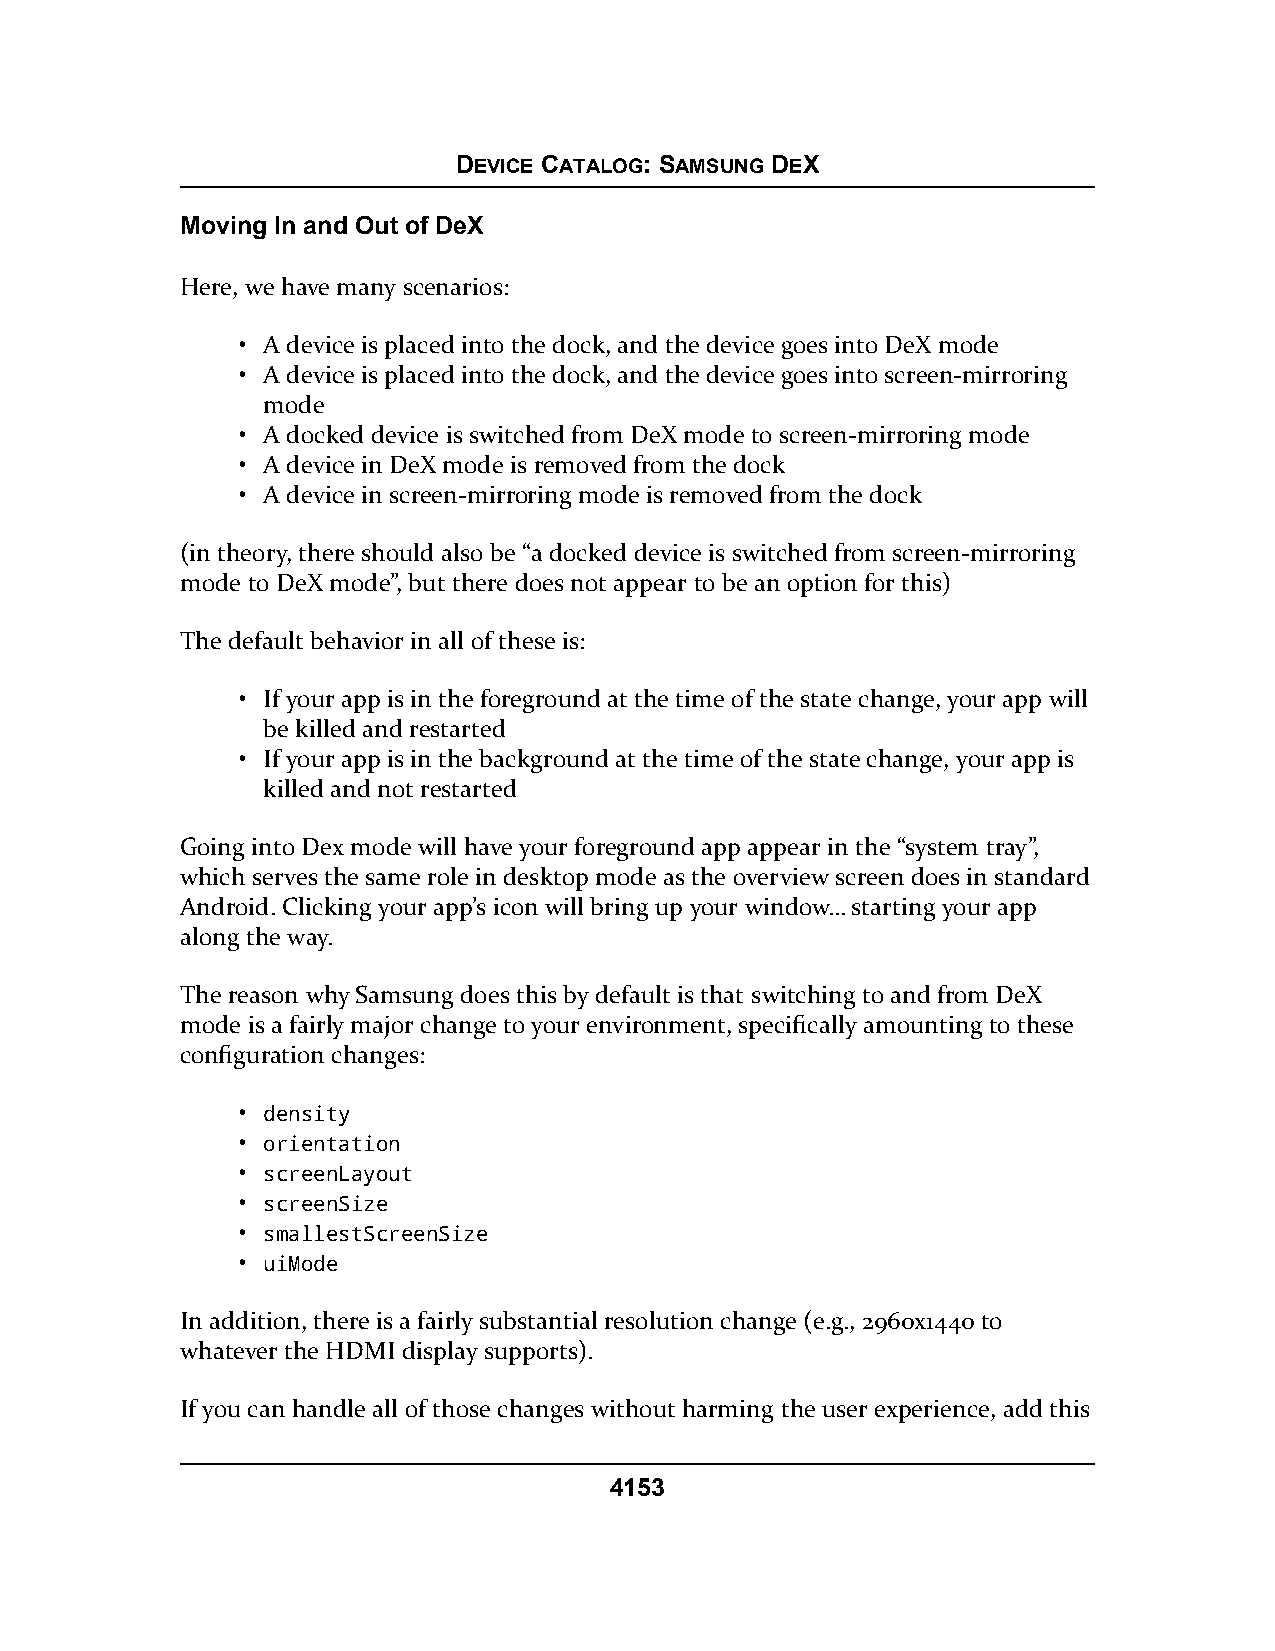
DEVICE CATALOG: SAMSUNG DEX
 Moving In and Out of DeX
 Here, we have many scenarios:
 • A device is placed into the dock, and the device goes into DeX mode
 • A device is placed into the dock, and the device goes into screen-mirroring
 mode
 • A docked device is switched from DeX mode to screen-mirroring mode
 • A device in DeX mode is removed from the dock
 • A device in screen-mirroring mode is removed from the dock
 (in theory, there should also be “a docked device is switched from screen-mirroring
 mode to DeX mode”, but there does not appear to be an option for this)
 The default behavior in all of these is:
 • If your app is in the foreground at the time of the state change, your app will
 be killed and restarted
 • If your app is in the background at the time of the state change, your app is
 killed and not restarted
 Going into Dex mode will have your foreground app appear in the “system tray”,
 which serves the same role in desktop mode as the overview screen does in standard
 Android. Clicking your app’s icon will bring up your window… starting your app
 along the way.
 The reason why Samsung does this by default is that switching to and from DeX
 mode is a fairly major change to your environment, specifically amounting to these
 configuration changes:
 • density
 • orientation
 • screenLayout
 • screenSize
 • smallestScreenSize
 • uiMode
 In addition, there is a fairly substantial resolution change (e.g., 2960x1440 to
 whatever the HDMI display supports).
 If you can handle all of those changes without harming the user experience, add this
 4153